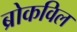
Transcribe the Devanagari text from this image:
ब्रोकविल